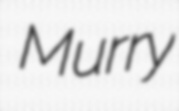
Murry